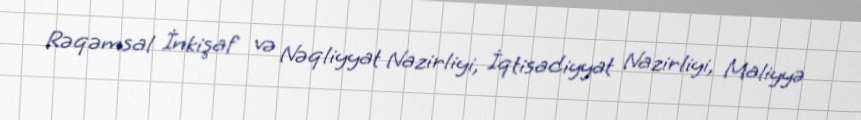
Rəqəmsal İnkişaf və Nəqliyyat Nazirliyi, İqtisadiyyat Nazirliyi, Maliyyə